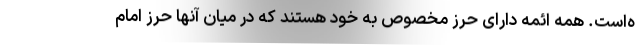
ه‌است. همه ائمه دارای حرز مخصوص به خود هستند که در میان آنها حرز امام